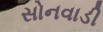
સોનવાડી